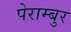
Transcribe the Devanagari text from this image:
पेराम्बुर